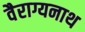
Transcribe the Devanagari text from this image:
वैराग्यनाथ